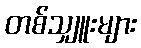
တစ်သျှူးများ